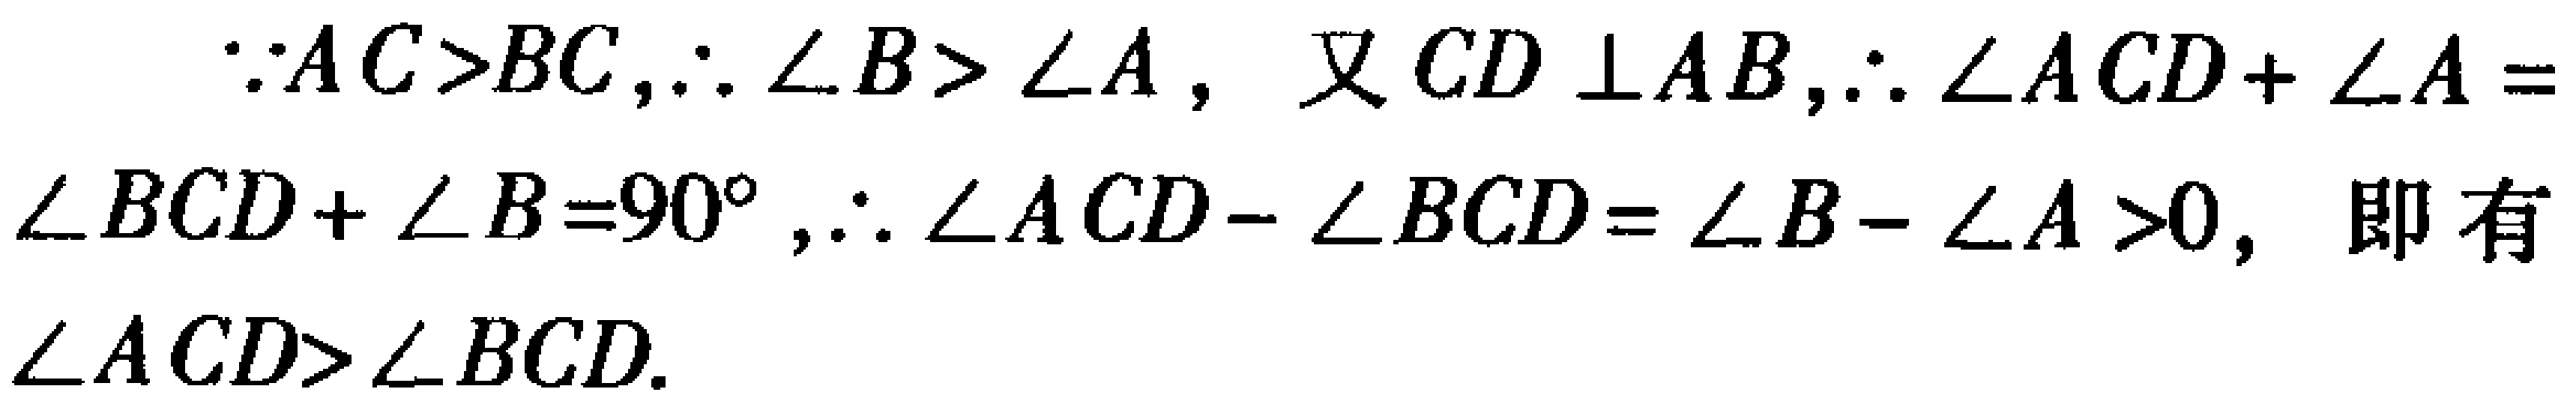
\(\because AC>BC,\therefore \angle B>\angle A\)，又\(CD \perp AB,\therefore \angle ACD+\angle A=\angle BCD+\angle B = 90^{\circ},\therefore \angle ACD - \angle BCD=\angle B-\angle A>0\)，即有\(\angle ACD>\angle BCD\).